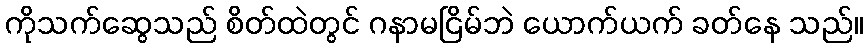
ကိုသက်ဆွေသည် စိတ်ထဲတွင် ဂနာမငြိမ်ဘဲ ယောက်ယက် ခတ်နေ သည်။